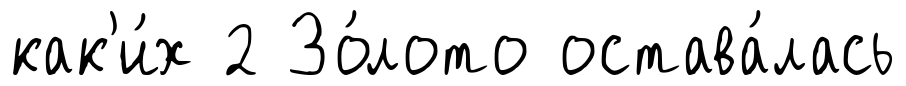
как'и́х 2 Зо́лото остава́лась